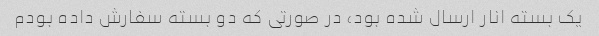
یک بسته انار ارسال شده بود، در صورتی که دو بسته سفارش داده بودم